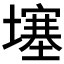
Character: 𡑮